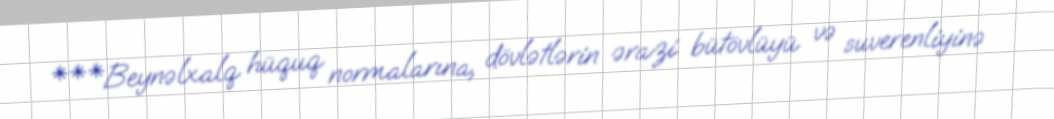
***Beynəlxalq hüquq normalarına, dövlətlərin ərazi bütövlüyü və suverenliyinə